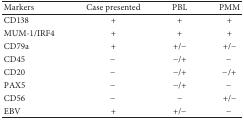
<table><thead><tr><td><b>Markers</b></td><td><b>Case presented</b></td><td><b>PBL</b></td><td><b>PMM</b></td></tr></thead><tbody><tr><td>CD138</td><td>+</td><td>+</td><td>+</td></tr><tr><td>MUM-1/IRF4</td><td>+</td><td>+</td><td>+</td></tr><tr><td>CD79a</td><td>+</td><td>+/−</td><td>+/−</td></tr><tr><td>CD45</td><td>−</td><td>−/+</td><td>−</td></tr><tr><td>CD20</td><td>−</td><td>−/+</td><td>−/+</td></tr><tr><td>PAX5</td><td>−</td><td>−/+</td><td>−</td></tr><tr><td>CD56</td><td>−</td><td>−</td><td>+/−</td></tr><tr><td>EBV</td><td>+</td><td>+/−</td><td>−</td></tr></tbody></table>